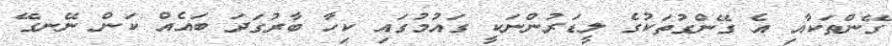
ގޭންތަކާއި އެ ގޭންގުތަކުގެ ލީޑަރުންނަކީ ގައުމުގައި ކިހާ ބާރުގަދަ ބައެއް ކަން ނޭނގޭ